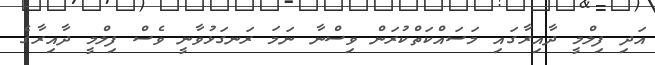
އަދި ފިލްމީ ދާއިރާގައި މަސައްކަތްކުރަން ވިސްނާ ނަމަ ރަނގަޅުވާނީ ވެސް ފިލްމީ ދާއިރާގެ